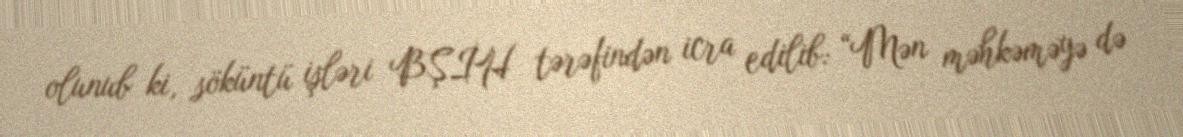
olunub ki, söküntü işləri BŞİH tərəfindən icra edilib: “Mən məhkəməyə də